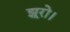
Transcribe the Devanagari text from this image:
झूरो।